Leaving Certificate Examination, 1917, 1917
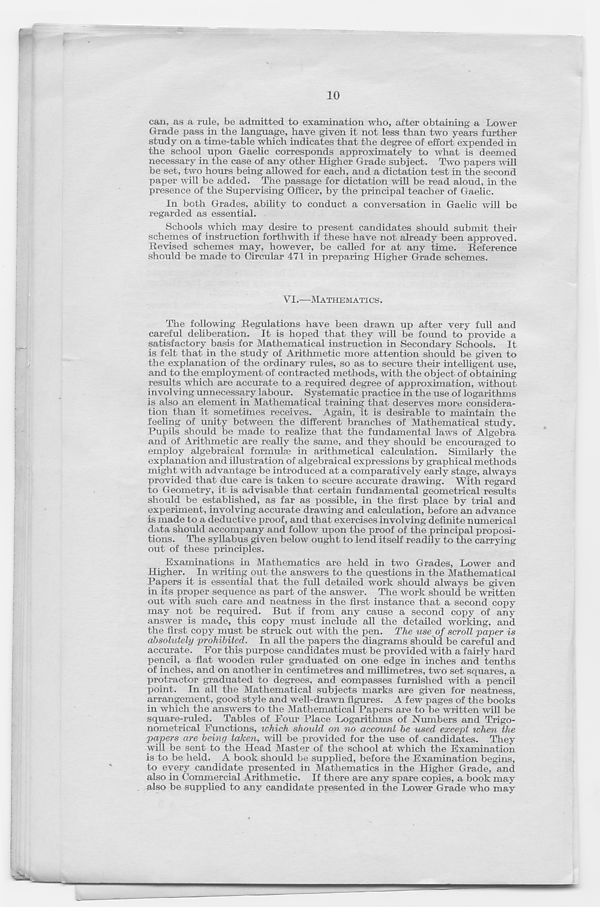
10
can, as a rule, be admitted to examination who, after obtaining a Lower
Grade pass in the language, have given it not less than two years further
study on a time-table which indicates that the degree of effort expended in
the school upon Gaelic corresponds approximately to what is deemed
necessary in the case of any other Higher Grade subject. Two papers will
be set, two hours being allowed for each, and a dictation test in the second
paper will be added. The passage for dictation will be read aloud, in the
presence of the Supervising Officer, by the principal teacher of Gaelic.
In both Grades, ability to conduct a conversation in Gaelic will be
regarded as essential.
Schools which may desire to present candidates should submit their
schemes of instruction forthwith if these have not already been approved.
Revised schemes may, however, be called for at any time. Reference
should be made to Circular 471 in preparing Higher Grade schemes.
VI.—MATHEMATICS.
The following Regulations have been drawn up after very full and
careful deliberation. It is hoped that they will be found to provide a
satisfactory basis for Mathematical instruction in Secondary Schools. It
is felt that in the study of Arithmetic more attention should be given to
the explanation of the ordinary rules, so as to secure their intelligent use,
and to the employment of contracted methods, with the object of obtaining
results which are accurate to a required degree of approximation, without
involving unnecessary labour. Systematic practice in the use of logarithms
is also an element in Mathematical training that deserves more considera-
tion than it sometimes receives. Again, it is desirable to maintain the
feeling of unity between the different branches of Mathematical study.
Pupils should be made to realize that the fundamental laws of Algebra
and of Arithmetic are really the same, and they should be encouraged to
employ algebraical formula! in arithmetical calculation. Similarly the
explanation and illustration of algebraical expressions by graphical methods
might with advantage be introduced at a comparatively early stage, always
provided that due care is taken to secure accurate drawing. With regard
to Geometry, it is advisable that certain fundamental geometrical results
should be established, as far as possible, in the first place by trial and
experiment, involving accurate drawing and calculation, before an advance
is made to a deductive proof, and that exercises involving definite numerical
data should accompany and follow upon the proof of the principal proposi-
tions. The syllabus given below ought to lend itself readily to the carrying
out of these principles.
Examinations in Mathematics are held in two Grades, Lower and
Higher. In writing out the answers to the questions in the Mathematical
Papers it is essential that the full detailed work should always be given
in its proper sequence as part of the answer. The work should be written
out with such care and neatness in the first instance that a second copy
may not be required. But if from any cause a second copy of any
answer is made, this copy must include all the detailed working, and
the first copy must be struck out with the pen. The use of scroll paper is
absolutely prohibited. In all the papers the diagrams should be careful and
accurate. For this purpose candidates must be provided with a fairly hard
pencil, a flat wooden ruler graduated on one edge in inches and tenths
of inches, and on another in centimetres and millimetres, two set squares, a
protractor graduated to degrees, and compasses furnished with a pencil
point. In all the Mathematical subjects marks are given for neatness,
arrangement, good style and well-drawn figures. A few pages of the books
in which the answers to the Mathematical Papers are to be written will be
square-ruled. TaRles of Four Place Logarithms of Numbers and Trigo-
nometrical Functions, which should on no account be used except when the
pcipers are being taken, will be provided for the use of candidates. They
will be sent to the Head Master of the school at which the Examination
is to be held. A book should be supplied, before the Examination begins,
to every candidate presented in Mathematics in the Higher Grade, and
also in Commercial Arithmetic. If there are any spare copies, a book may
also be supplied to any candidate presented in the Lower Grade who may